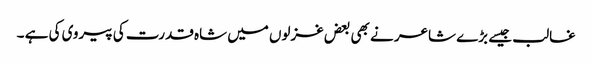
غالب جیسے بڑے شاعر نے بھی بعض غزلوں میں شاہ قدرت کی پیروی کی ہے ۔